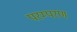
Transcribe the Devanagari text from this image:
परम्परण